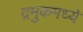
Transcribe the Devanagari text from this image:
द्रमुकमध्ये